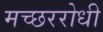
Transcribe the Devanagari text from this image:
मच्छररोधी